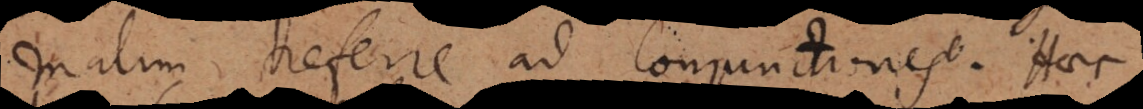
malim referre ad conjunctiones. Haec